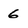
Character: 6